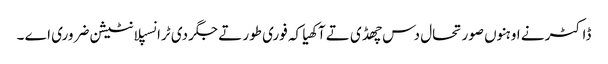
ڈاکٹر نے اوہنوں صورتحال دس چھڈی تے آکھیا کہ فوری طور تے جگر دی ٹرانسپلانٹیشن ضروری اے ۔